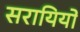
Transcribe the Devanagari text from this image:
सरायियों